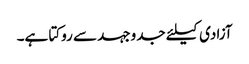
آزادی کیلئے جدوجہد سے روکتا ہے۔